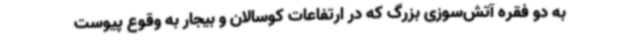
به دو فقره آتش‌سوزی بزرگ که در ارتفاعات کوسالان و بیجار به وقوع پیوست